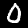
Label: 0